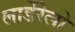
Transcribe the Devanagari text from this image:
लार्डेरेलो